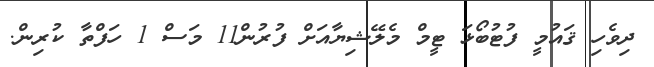
ދިވެހި ޤައުމީ ފުޓުބޯޅަ ޓީމް މެލޭޝިޔާއަށް ފުރުން11 މަސް 1 ހަފްތާ ކުރިން.